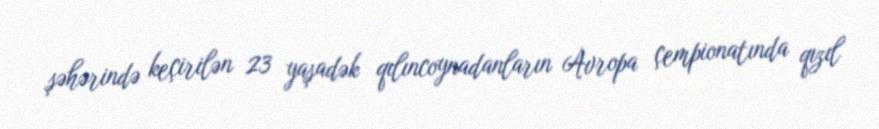
şəhərində keçirilən 23 yaşadək qılıncoynadanların Avropa çempionatında qızıl